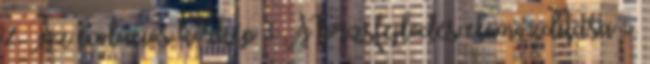
2. Az evolúciós körkép 3. A törzsfejlődés előmozdítása 5.